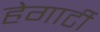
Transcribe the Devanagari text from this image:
हेगार्टी